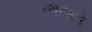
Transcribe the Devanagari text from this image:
न्यौपाने